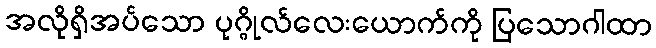
အလိုရှိအပ်သော ပုဂ္ဂိုလ်လေးယောက်ကို ပြသောဂါထာ